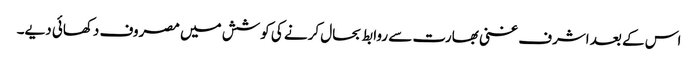
اس کے بعد اشرف غنی بھارت سے روابط بحال کرنے کی کوشش میں مصروف دکھائی دیے۔